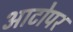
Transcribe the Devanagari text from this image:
आटोपर